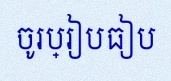
ចូរប្រៀបធៀប